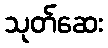
သုတ်ဆေး